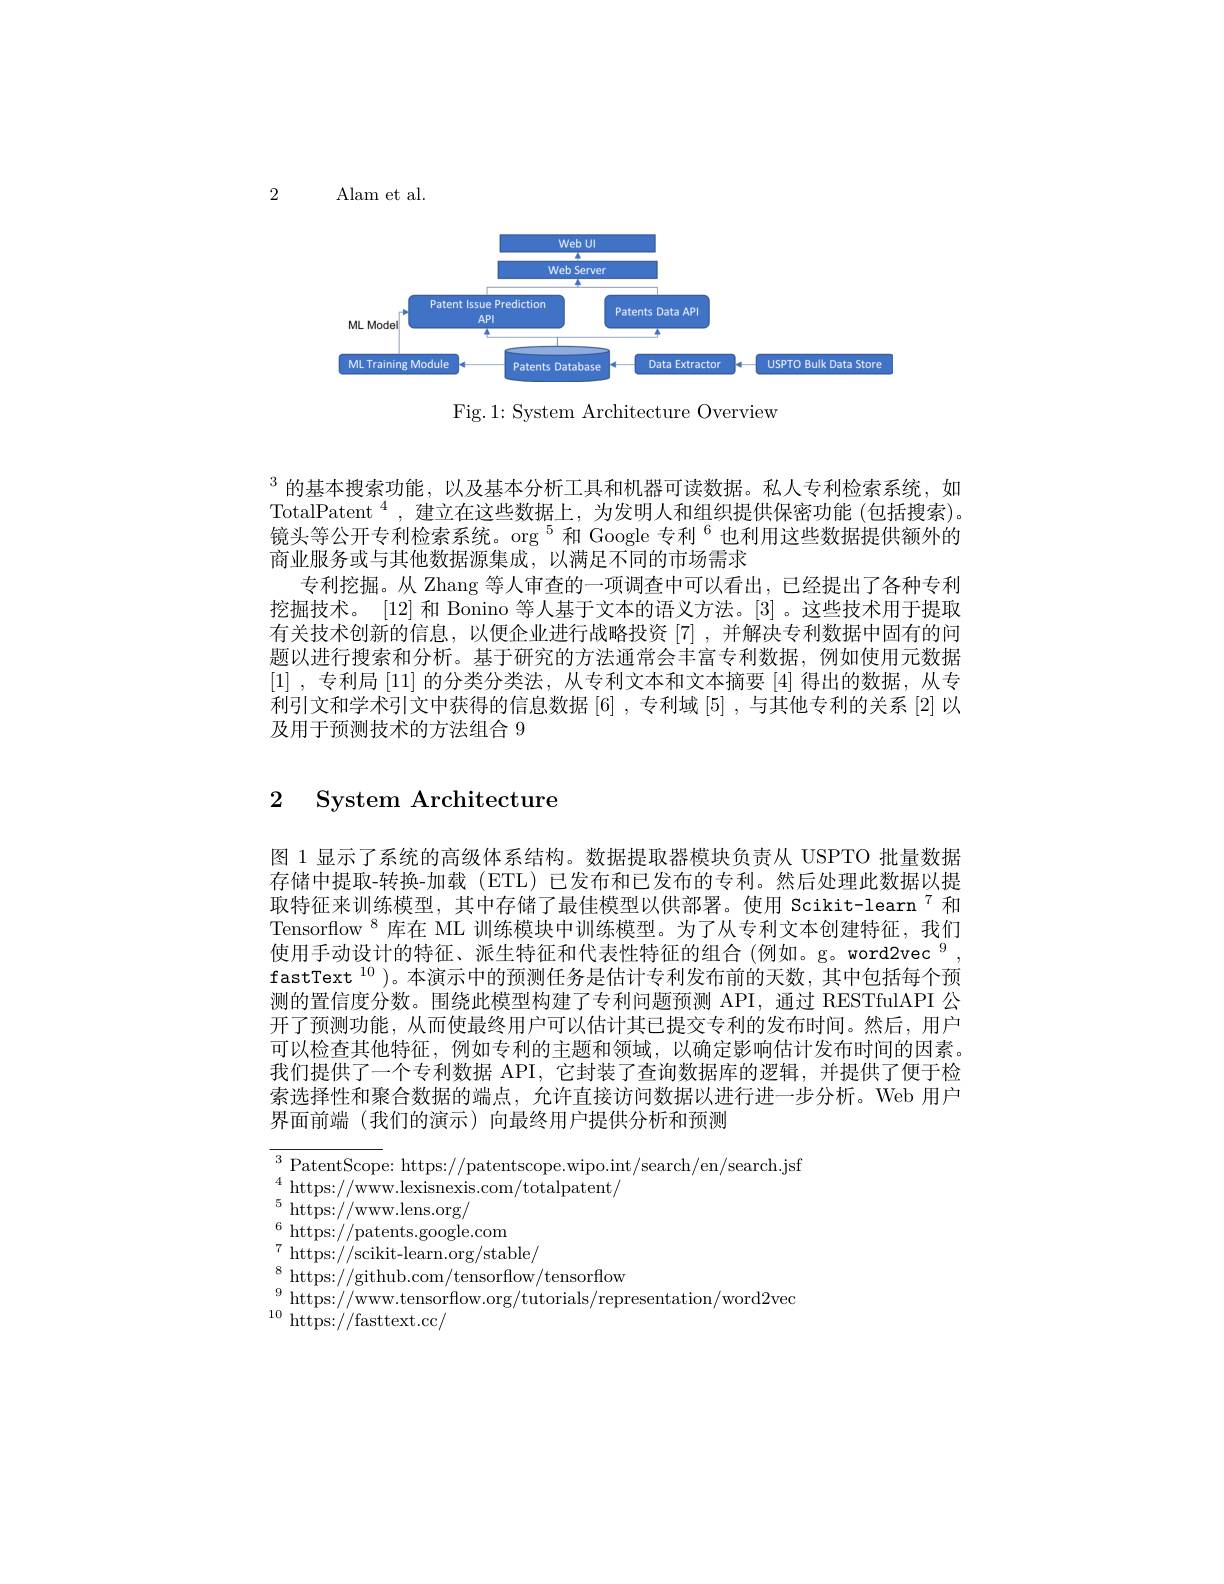
2

Alam et al.
<FigureHere>

Fig. 1: System Architecture Overview

$^{3}$的基本搜索功能，以及基本分析工具和机器可读数据。私人专利检索系统，如TotalPatent$^4$,建立在这些数据上，为发明人和组织提供保密功能(包括搜索)。镜头等公开专利检索系统。org $^{5}$和 Google 专利$^{6}$也利用这些数据提供额外的商业服务或与其他数据源集成，以满足不同的市场需求
专利挖掘。从 Zhang 等人审查的一项调查中可以看出，已经提出了各种专利挖掘技术。[12]和 Bonino 等人基于文本的语义方法。[3]。这些技术用于提取有关技术创新的信息，以便企业进行战略投资[7] ,并解决专利数据中固有的问题以进行搜索和分析。基于研究的方法通常会丰富专利数据，例如使用元数据[1] ,专利局[11]的分类分类法，从专利文本和文本摘要[4]得出的数据，从专利引文和学术引文中获得的信息数据 [6] , 专利域 [5] , 与其他专利的关系 [2] 以及用于预测技术的方法组合 9

## 2 Svstem Architecture

图 1 显示了系统的高级体系结构。数据提取器模块负责从 USPTO 批量数据存储中提取-转换-加载(ETL)已发布和已发布的专利。然后处理此数据以提取特征来训练模型，其中存储了最佳模型以供部署。使用 Scikit-learn"和Tensorflow $^{8}$库在 ML 训练模块中训练模型。为了从专利文本创建特征，我们使用手动设计的特征、派生特征和代表性特征的组合 (例如。g。word2vec $^{9}$, fastText $^{10}$)。本演示中的预测任务是估计专利发布前的天数，其中包括每个预测的置信度分数。围绕此模型构建了专利问题预测 API, 通过 RESTfulAPI 公开了预测功能，从而使最终用户可以估计其已提交专利的发布时间。然后，用户可以检查其他特征，例如专利的主题和领域，以确定影响估计发布时间的因素。我们提供了一个专利数据 API, 它封装了查询数据库的逻辑，并提供了便于检索选择性和聚合数据的端点，允许直接访问数据以进行进一步分析。Web 用户界面前端(我们的演示)向最终用户提供分析和预测

$^{3}$PatentScope: https://patentscope.wipo.int/search/en/search.jsf
$^{4}$ https: / / www. lexisnexis. com/ totalpatent/
${}^{5}{\mathrm{~https://www.lens.org/}}$
$^{6}$https://patents.google.com
$^{7}$ https: / / scikit- learn. org/ stable/
$^{8}$https://github.com/tensorflow/tensorflow
$_{10}^{9}$https://www.tensorflow.org/tutorials/representation/word2vec
${}^{10}{\mathrm{~https://fasttext.cc/}}$